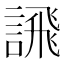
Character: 𫍄